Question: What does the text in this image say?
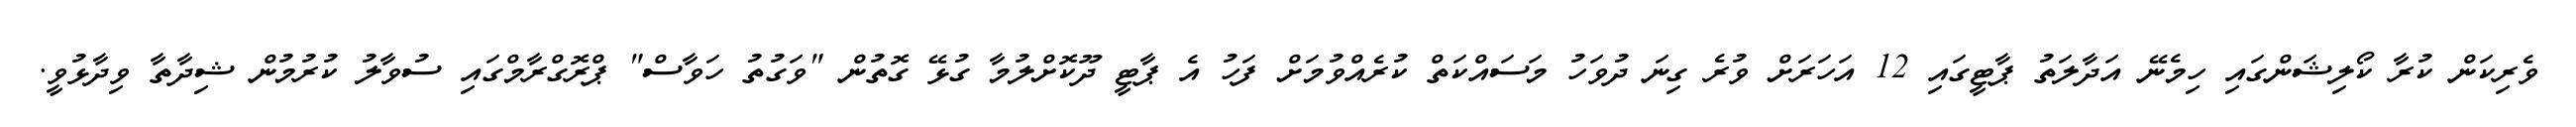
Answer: ވެރިކަން ކުރާ ކޯލިޝަންގައި ހިމެނޭ އަދާލަތު ޕާޓީގައި 12 އަހަރަށް ވުރެ ގިނަ ދުވަހު މަސައްކަތް ކުރެއްވުމަށް ފަހު އެ ޕާޓީ ދޫކޮށްލުމާ ގުޅޭ ގޮތުން "ވަގުތު ހަވާސް" ޕްރޮގްރާމްގައި ސުވާލު ކުރުމުން ޝިދާތާ ވިދާޅުވީ.